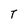
Character: T